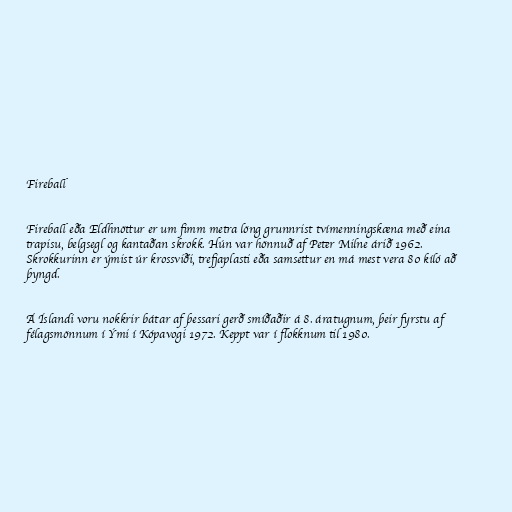
Fireball

Fireball eða Eldhnöttur er um fimm metra löng grunnrist tvímenningskæna með eina
trapisu, belgsegl og kantaðan skrokk. Hún var hönnuð af Peter Milne árið 1962.
Skrokkurinn er ýmist úr krossviði, trefjaplasti eða samsettur en má mest vera 80 kíló að
þyngd.

Á Íslandi voru nokkrir bátar af þessari gerð smíðaðir á 8. áratugnum, þeir fyrstu af
félagsmönnum í Ými í Kópavogi 1972. Keppt var í flokknum til 1980.